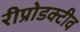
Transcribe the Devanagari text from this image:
रीप्रोडक्टीव